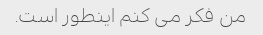
من فکر می کنم اینطور است.